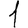
Digit: 1